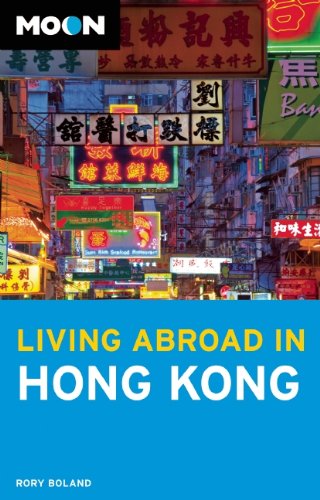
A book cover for Moon Living Abroad in Hong Kong; Rory Boland; Travel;